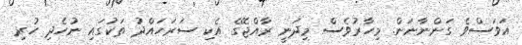
އަވަސްވެ ގަންނާނަން. މިހާރުވެސް މިދަނީ ރާއްޖޭގެ އެކި ސަރަހައްދު ތަކުގައި ނުހެދި ހުރި